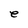
Character: e